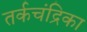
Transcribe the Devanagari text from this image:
तर्कचंद्रिका